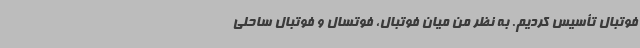
فوتبال تأسیس کردیم. به نظر من میان فوتبال، فوتسال و فوتبال ساحلی